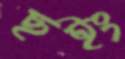
ছইং